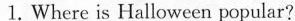
1.Where is Halloween popular?